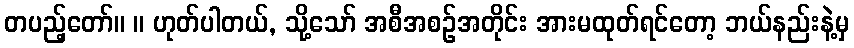
တပည့်တော်။ ။ ဟုတ်ပါတယ်, သို့သော် အစီအစဉ်အတိုင်း အားမထုတ်ရင်တော့ ဘယ်နည်းနဲ့မှ